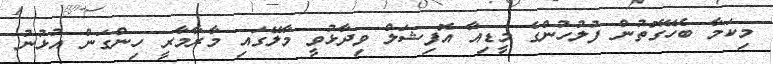
މިކަމާ ބެހޭގޮތުން ފުލުހުންގެ މީޑިއާ އޮފިޝަލް ވިދާޅުވީ މާލޭގައި މާރާމާރީ ހިންގަން އުޅުނު